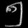
Digit: ၅